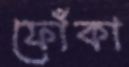
ফোঁকা